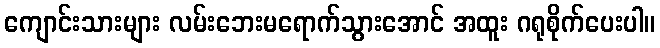
ကျောင်းသားများ လမ်းဘေးမရောက်သွားအောင် အထူး ဂရုစိုက်ပေးပါ။